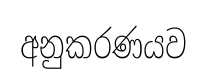
අනුකරණයව